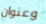
وعنوان